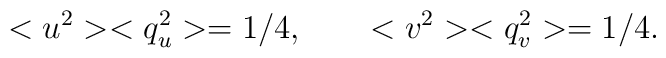
<u^{2}><q_{u}^{2}> = 1/4 , \qquad  <v^{2}><q_{v}^{2}> = 1/4  .